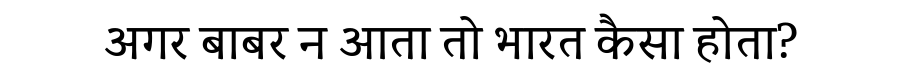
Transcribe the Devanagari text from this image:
अगर बाबर न आता तो भारत कैसा होता?